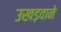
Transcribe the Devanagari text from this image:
उखड़वाने